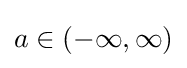
a\in (-\infty ,\infty )